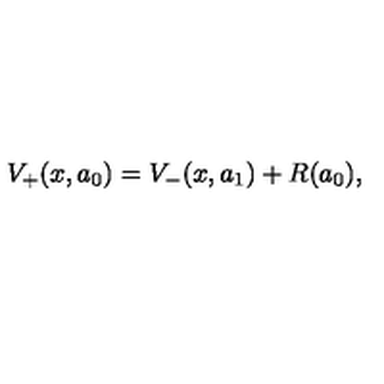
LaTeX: V _ { + } ( x , a _ { 0 } ) = V _ { - } ( x , a _ { 1 } ) + R ( a _ { 0 } ) ,